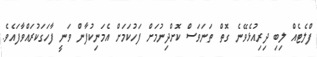
ފްލެޓެއް ލިބި ދިރިއުޅެވޭނެ ގޮތް ތަނަވަސް ކޮށްދިނުމަށް ފަހުކަމަށް އެމަނިކުފާން ވަނީ ފާހަގަކުރައްވާފައެވެ.